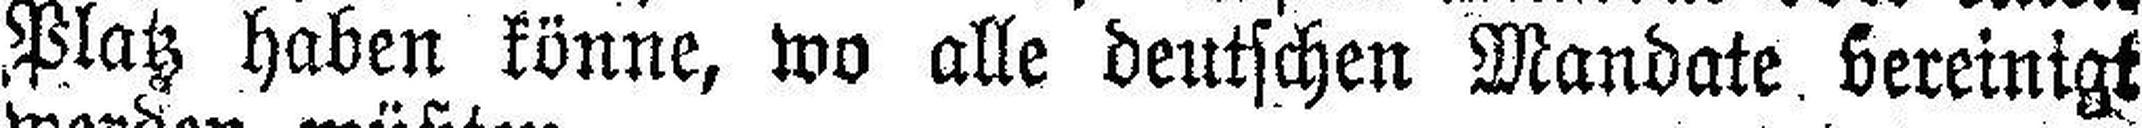
Platz haben könne, wo alle deutschen Mandate vereinigt